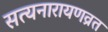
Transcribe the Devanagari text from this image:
सत्यनारायणव्रत